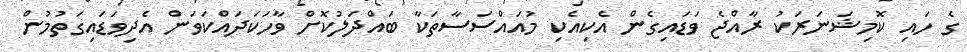
ގެ ހައި ކޮމިޝަނަރަކު ރާއްޖެ ވަޑައިގެން އެކިއެކި މުއައްސަސާތަކާ ބައްދަލުކޮށް ވާހަކަދައްކަވަން އެދިވަޑައިގަތުމުން